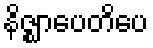
နိဇ္ဈာပေတိပေ